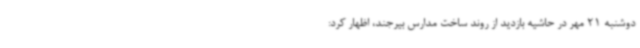
دوشنبه 21 مهر در حاشیه بازدید از روند ساخت مدارس بیرجند، اظهار کرد: